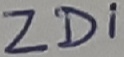
Text: ZD1